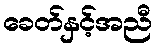
ခေတ်နှင့်အညီ